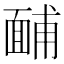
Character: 䩉